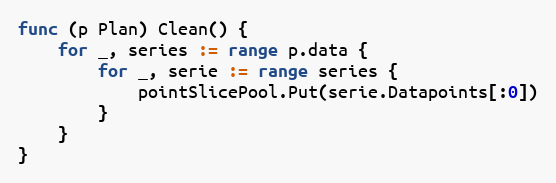
Language: Go
func (p Plan) Clean() {
	for _, series := range p.data {
		for _, serie := range series {
			pointSlicePool.Put(serie.Datapoints[:0])
		}
	}
}